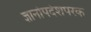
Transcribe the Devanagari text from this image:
ज्ञानोपदेशपरक